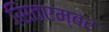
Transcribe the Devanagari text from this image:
सितएम्बर